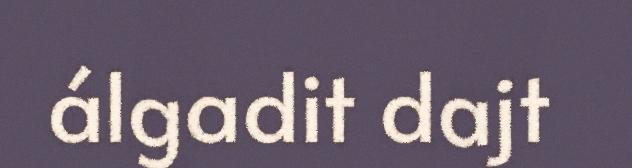
álgadit dajt